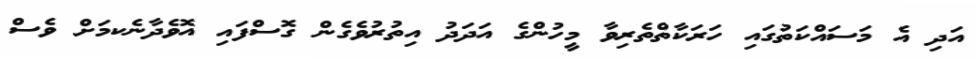
އަދި އެ މަސައްކަތުގައި ހަރަކާތްތެރިވާ މީހުންގެ އަދަދު އިތުރުވެގެން ގޮސްފައި އޮވެދާނެކމަށް ވެސް